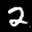
Label: 2